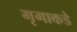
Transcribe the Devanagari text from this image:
मृगाकडे